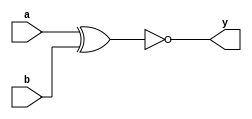
module xnor_gate(input a, input b, output y);
        assign y = ~(a ^ b);
endmodule